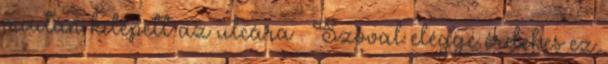
miután kilépett az utcára . Szóval eléggé érdekes ez